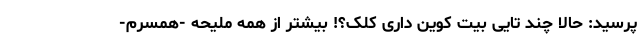
پرسید: حالا چند تایی بیت کوین داری کلک؟! بیشتر از همه ملیحه -همسرم-